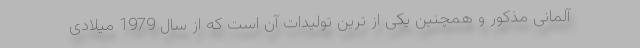
آلمانی مذکور و همچنین یکی از ترین تولیدات آن است که از سال 1979 میلادی